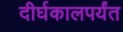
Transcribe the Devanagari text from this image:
दीर्घकालपर्यंत